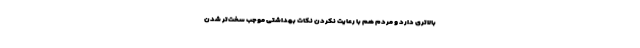
بالاتری دارد و مردم هم با رعایت نکردن نکات بهداشتی موجب سخت‌تر شدن